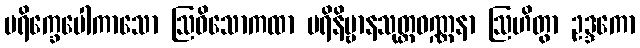
ပရိက္ခေပေါကာသော ဩဓိသောကထာ ပရိနိဗ္ဗာနသုတ္တဝဏ္ဏနာ ဩဟိတွာ ဥဒ္ဒကော